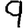
Digit: 9